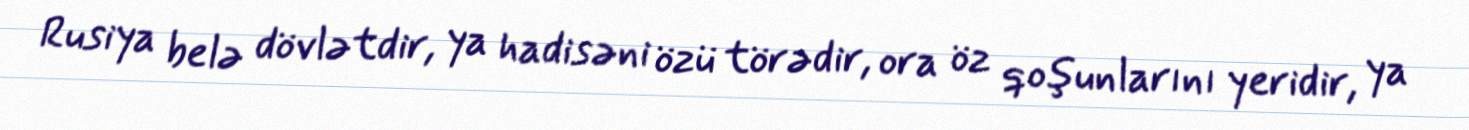
Rusiya belə dövlətdir, ya hadisəni özü törədir, ora öz qoşunlarını yeridir, ya